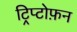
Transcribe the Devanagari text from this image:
ट्रिप्टोफ़न